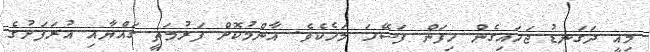
މިއީ ދަގަނޑު ޖަހައިގެން ހިފަން ފަސޭހަ މަހެކެވެ. އާންމުކޮށް ފަރުމަތީ ގައްޔާއި އުރަފަށުގެ